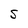
Character: S